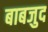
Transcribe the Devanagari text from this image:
बाबजुद